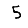
Digit: 5